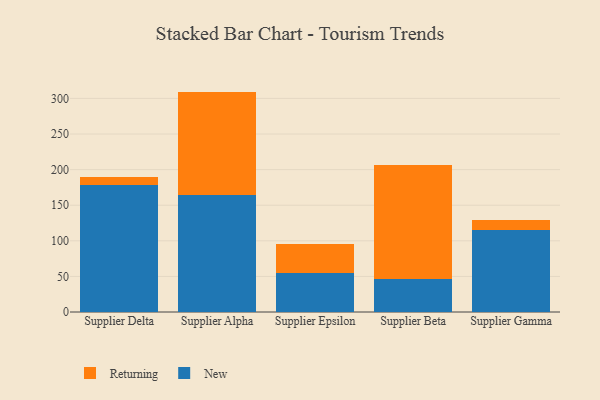
{"axis": {"x": "Supplier", "y": "Backlog"}, "legend": ["New", "Returning"], "data": [{"x": "Supplier Delta", "y": 178.6, "type": "New"}, {"x": "Supplier Delta", "y": 11.3, "type": "Returning"}, {"x": "Supplier Alpha", "y": 164.7, "type": "New"}, {"x": "Supplier Alpha", "y": 144.9, "type": "Returning"}, {"x": "Supplier Epsilon", "y": 55.2, "type": "New"}, {"x": "Supplier Epsilon", "y": 40.0, "type": "Returning"}, {"x": "Supplier Beta", "y": 46.6, "type": "New"}, {"x": "Supplier Beta", "y": 159.9, "type": "Returning"}, {"x": "Supplier Gamma", "y": 114.6, "type": "New"}, {"x": "Supplier Gamma", "y": 15.2, "type": "Returning"}]}